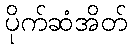
ပိုက်ဆံအိတ်